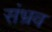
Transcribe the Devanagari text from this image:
संभ्रव